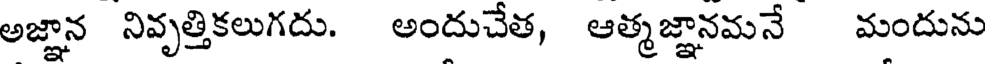
అజ్ఞాన నివృత్తికలుగదు. అందుచేత, ఆత్మజ్ఞానమనే మందును